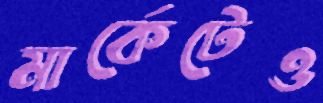
মার্কেটেও